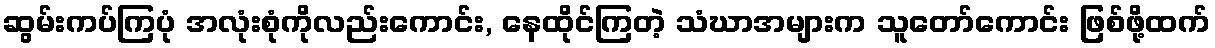
ဆွမ်းကပ်ကြပုံ အလုံးစုံကိုလည်းကောင်း, နေထိုင်ကြတဲ့ သံဃာအများက သူတော်ကောင်း ဖြစ်ဖို့ထက်